system: You are a helpful assistant.
user:
Analyze the provided spectrum to determine if it is a **S-type Star**.

- **Key Indicators for S-type Star:**

    - **(Overall Spectrum Shape):** The first and most obvious characteristic is the overall continuum (the "baseline" shape). It is **extremely "red-sloping,"** meaning the flux (light intensity) is very low on the left side (blue, ~4000-4500 Å) and rises steeply and continuously toward the right side (red, ~7000 Å+).

    - **(Primary):** The spectrum is defined by the presence of strong, broad molecular absorption "valleys" (bands) from **Zirconium Oxide (ZrO)**. The identification of these bands is the **primary requirement** for classifying a star as S-type.
        - **(Key Bandheads):** You must find distinct, deep "dips" where the light has been absorbed. The most critical band systems to locate are:
            - **~6474 Å** ($\gamma$-system): This is often the strongest and clearest ZrO feature, found in the red part of the spectrum.
            - **~5718 Å** & **~5551 Å** ($\beta$-system): A pair of prominent absorption features in the yellow-orange part of the spectrum.
            - **~4640 Å** ($\alpha$-system): A key absorption band system in the blue-green region of the spectrum.

    - **(Secondary Confirmation):** The classification is strengthened by finding additional absorption bands from other related heavy element oxides, which are expected to be present alongside ZrO.
        - **(Key Bandheads):**
            - **Yttrium Oxide (YO):** Look for absorption dips near **~4800 Å** and **~6100 Å**.
            - **Lanthanum Oxide (LaO):** Additional absorption features, particularly in the red-orange part of the spectrum, are also characteristic.

    - **(Line Profile):** The combination of the steep red continuum and these numerous, deep molecular bands (ZrO, YO, etc.) gives the entire spectrum a very **"chopped-up"** or **"bumpy"** appearance. Instead of a smooth curve, the spectrum looks as though large, wide chunks of light have been "carved out" of it at the specific wavelengths listed above.

Think first, call **spectral_visualization_tool** if needed to examine features in detail, then provide your final answer. Your response must adhere to the following strict rules:
1.  **Overall Structure:** Your response must follow the format `<think>...</think> <tool_call>...</tool_call> (if a tool is used) <answer>...</answer>`.
2.  **Tool Usage Constraint:** You may only make **one** tool call per turn.
3.  **Final Answer Format:** In the `<answer>` tag, your conclusion must be inside a `\boxed{}` command (e.g., `\boxed{YES}` or `\boxed{NO}`), followed by your justification.

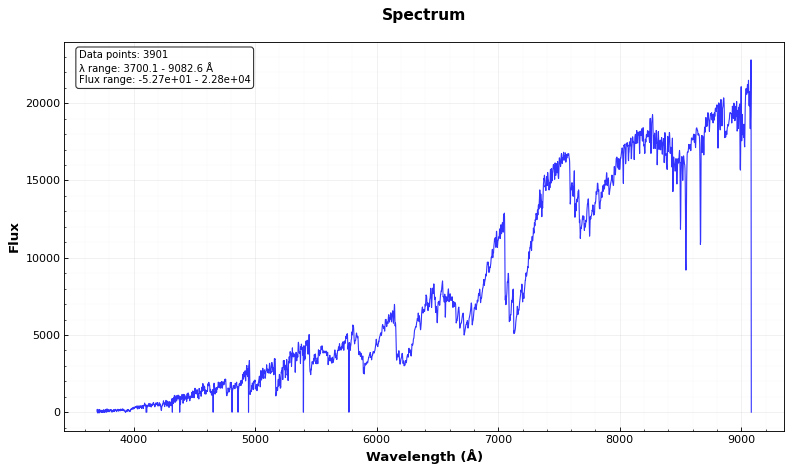
Answer: YES